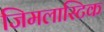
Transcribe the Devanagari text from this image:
जिमलास्टिक